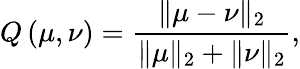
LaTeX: Q\left(\mu,\nu\right)=\frac{\| \mu-\nu\| _{2}}{\| \mu\| _{2}+\| \nu\| _{2}},